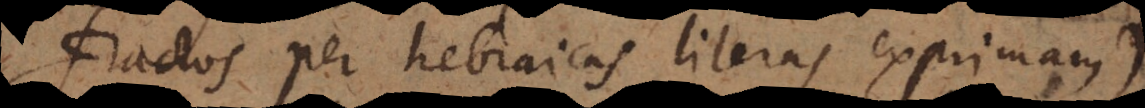
fractos per hebraicas literas exprimam)